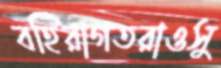
বহিরাগতরাওসু